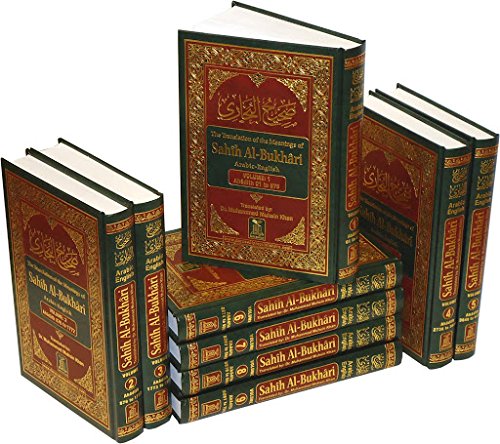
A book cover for The Translation of the Meanings of Sahih Al-Bukhari: Arabic-English (English and Arabic Edition); Muhammed Ibn Ismaiel Al-Bukhari; Religion & Spirituality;